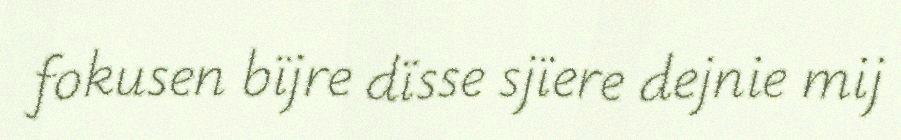
fokusen bïjre dïsse sjïere dejnie mij